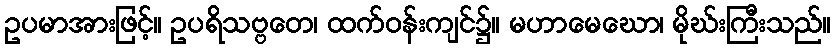
ဥပမာအားဖြင့်။ ဥပရိသဗ္ဗတေ၊ ထက်ဝန်းကျင်၌။ မဟာမေဃော၊ မိုဃ်းကြီးသည်။